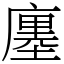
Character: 廛